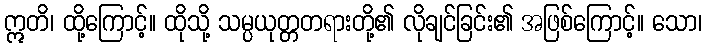
ဣတိ၊ ထို့ကြောင့်။ ထိုသို့ သမ္ပယုတ္တတရားတို့၏ လိုချင်ခြင်း၏ အဖြစ်ကြောင့်။ သော၊